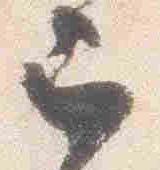
已